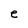
Character: e